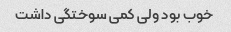
خوب بود ولی کمی سوختگی داشت